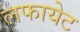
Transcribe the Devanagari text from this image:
लफायेट